Report on horse surra - Volume I
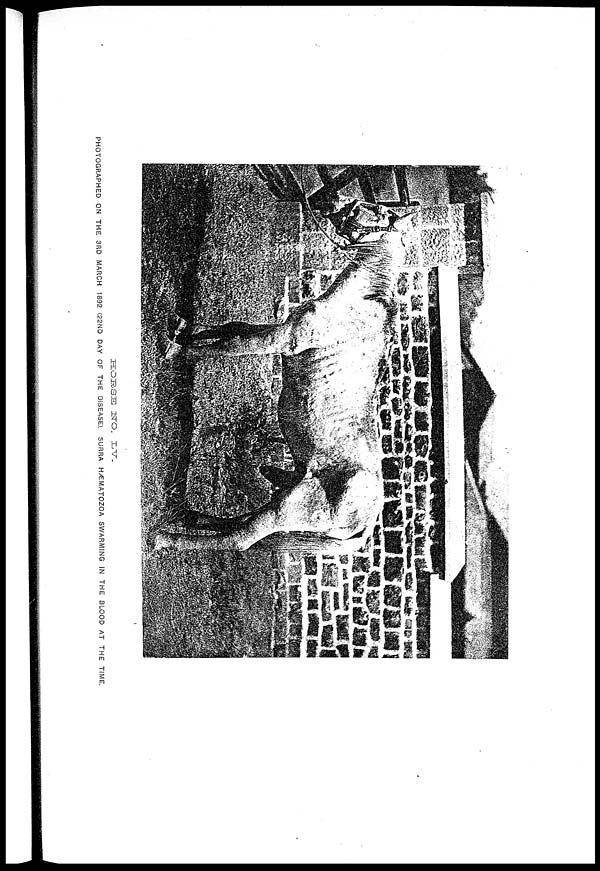
HORSE
NO.
LV.
PHOTOGRAPHED ON THE 3RD MARCH 1892 (22ND DAY OF THE DISEASE). SURRA HÆMATOZOA SWARMING IN THE BLOOD AT THE TIME.